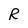
Character: R